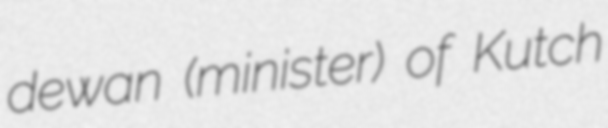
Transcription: dewan (minister) of Kutch